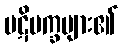
ပဋိပက္ခများ၏